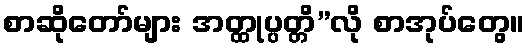
စာဆိုတော်များ အတ္ထုပ္ပတ္တိ”လို စာအုပ်တွေ။